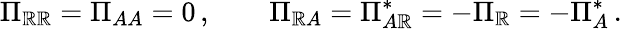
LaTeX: \Pi_{\mathbb{R}\mathbb{R}}=\Pi_{AA}=0\, ,\qquad\Pi_{\mathbb{R}A}=\Pi_{A\mathbb{R}}^{*}=-\Pi_{\mathbb{R}}=-\Pi_{A}^{*}\, .